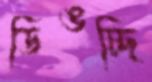
ডিঙচ্ছি